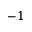
- 1